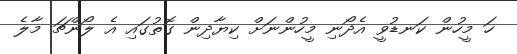
ހަ މީހުން ކަނޑުވީ އެދޯނި މީހުންނަށް ކިޔާދިން ގޮތުގައި އެ ލޯންޗަ މާލެ